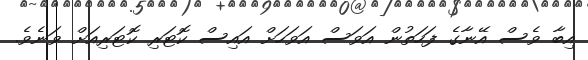
އިބާ ވެސް އޭނާގެ ފަހަތުން އަވަސް އަވަހަށް އައިސް ކޮޓަރި ކޮޓަރިއަށް ވަނެވެ.